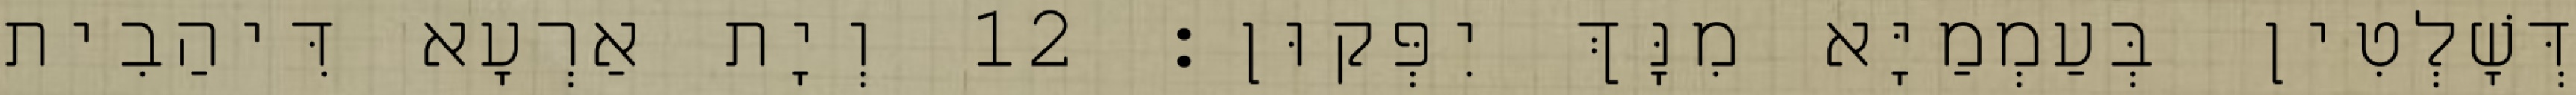
דְּשָׁלְטִין בְּעַמְמַיָּא מִנָּךְ יִפְּקוּן׃ 12 וְיָת אַרְעָא דִּיהַבִית